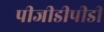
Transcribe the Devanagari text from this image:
पीजीडीपीडी